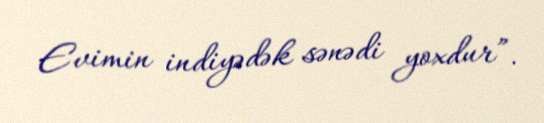
Evimin indiyədək sənədi yoxdur”.